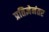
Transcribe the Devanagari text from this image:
प्रतिज्ञेनंतर